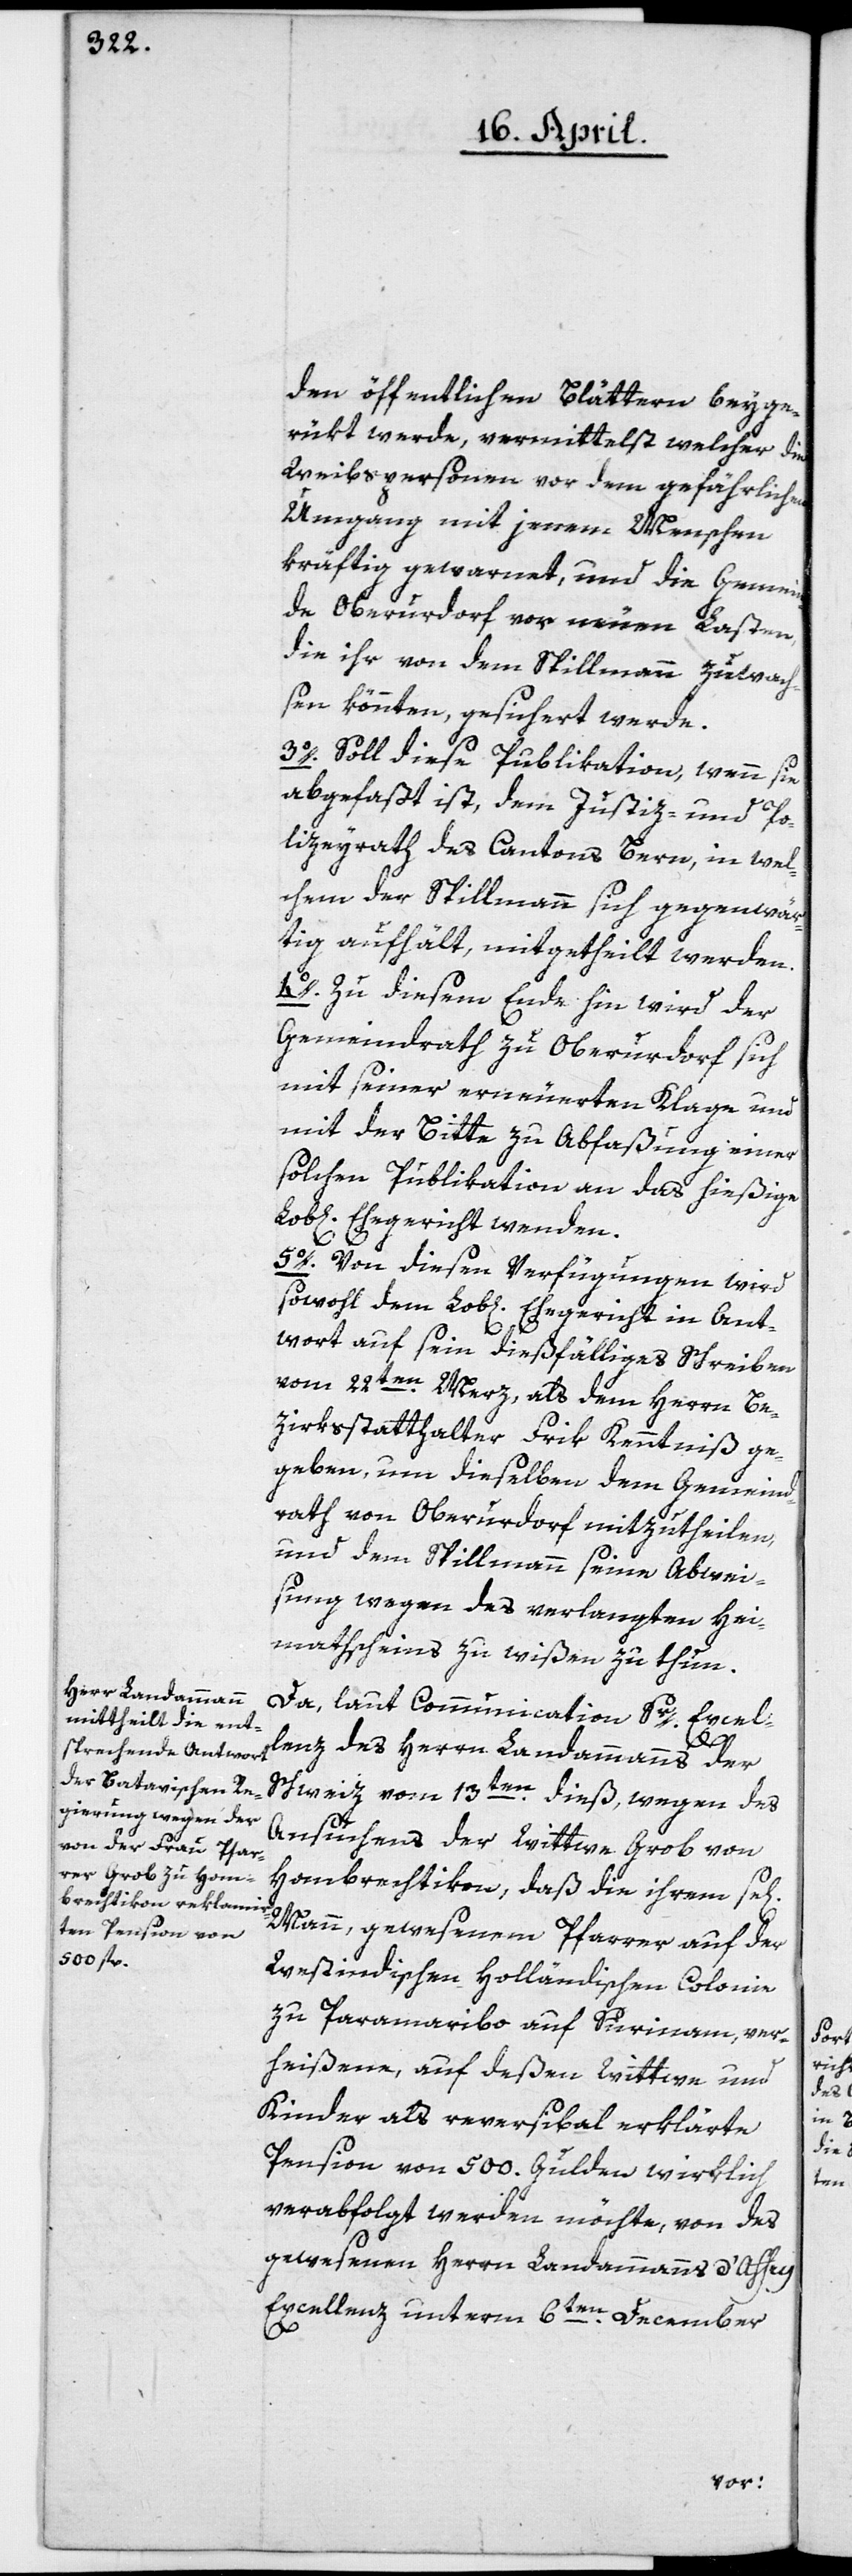
den öffentlichen Blättern beyge¬
rükt werde, vermittelst welcher die
Weibspersonen vor dem gefährlichen
Umgang mit jenem Menschen
kräftig gewarnet, und die Gemein¬
de Oberurdorf vor neuen Lasten,
die ihr von dem Spillmann zuwach¬
sen könnten, gesichert werde.
3o. Soll diese Publikation, wenn sie
abgefaßt ist, dem Justiz- und Po¬
lizeyrath des Cantons Bern, in wel¬
chem der Spillmann sich gegenwär¬
tig aufhält, mitgetheilt werden.
4o. Zu diesem Ende hin wird der
Gemeindrath zu Oberurdorf sich
mit seiner erneuerten Klage und
mit der Bitte zu Abfaßung einer
solchen Publikation an das hießige
Ehegericht wenden.
5o. Von diesen Verfügungen wird
sowohl dem Lob[lichen] Ehegericht in Ant¬
wort auf sein dießfälliges Schreiben
vom 22ten Merz, als dem Herrn Be¬
zirksstatthalter Frik Kenntniß ge¬
geben, um dieselben dem Gemeind¬
rath von Oberurdorf mitzutheilen,
und dem Spillmann seine Abwei¬
sung wegen des verlangten Hei¬
mathscheins zu wißen zu thun.
Da, laut Communication Sr Excel¬
igen]
lenz des Herrn Landammanns der
Schweiz vom 13ten dieß, wegen des
Ansuchens der Witwe Grob von
Hombrechtikon, daß die ihrem se[l¬
Mann, gewesenem Pfarrer auf der
westindischen holländischen Colonie
zu Paramaribo auf Surinam, ver¬
heißene, auf deßen Witwe und
Kinder als reversibal erklärte
Pension von 500. Gulden wirklich
verabfolgt werden möchte, von des
gewesenen Herrn Landammanns d’Affry
Excellenz unterm 6ten December